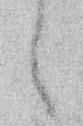
々